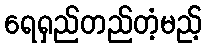
ရေရှည်တည်တံ့မည့်